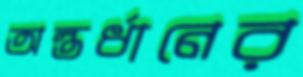
অন্তর্ধানের